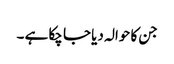
جن کا حوالہ دیا جا چکا ہے ۔